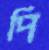
পি